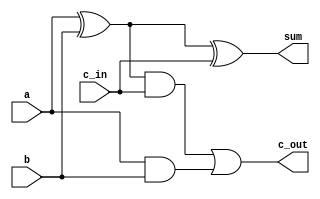
/* onebitfulladder.v
*--------------------
*By: David Moore
*
*Module Description:
*----------------------
*single bit full adder module
*
*Inputs:
*a - first number to add
*b - second number to add
*c_in - carry in
*
*Outputs:
*sum - the sum of the two input values and carry in
*c_out - carry out
*/

module OneBitFullAdder(
	input a,
	input b,
	input c_in,
	
	output sum,
	output c_out


);

	wire w1;
	wire w2;
	wire w3;
	
	//Sum
	xor(w1,a,b);
	xor(sum,w1,c_in);
	
	//carry
	and(w2,w1,c_in);
	and(w3,a,b);
	or(c_out,w2,w3);
	
endmodule